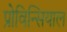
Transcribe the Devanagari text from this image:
प्रोविन्सियाल